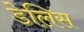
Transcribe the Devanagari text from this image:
डेलिस